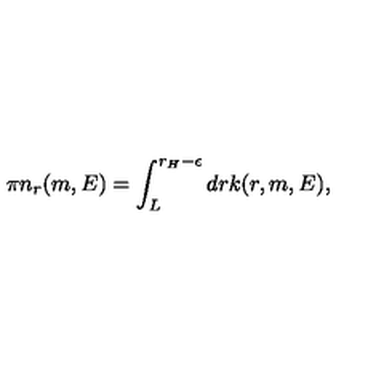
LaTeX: \pi n _ { r } ( m , E ) = \int _ { L } ^ { r _ { H } - \epsilon } d r k ( r , m , E ) ,